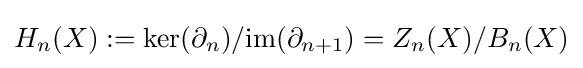
H_{n}(X):=\ker(\partial _{n})/\mathrm {im} (\partial _{n+1})=Z_{n}(X)/B_{n}(X)